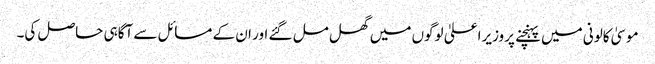
موسیٰ کالونی میں پہنچنے پروزیراعلیٰ لوگوں میں گھل مل گئے اور ان کے مسائل سے آگاہی حاصل کی۔